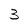
Character: 3